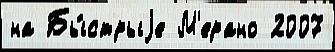
на Бы́стрыjе М'ерано 2007